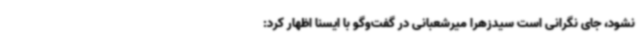
نشود، جای نگرانی است سیدزهرا میرشعبانی در گفت‌وگو با ایسنا اظهار کرد: